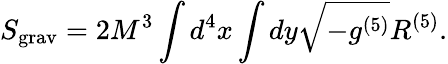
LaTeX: S_{\mathrm{grav}}=2M^{3}\int d^{4}x\int dy\sqrt{-g^{(5)}}R^{(5)}.